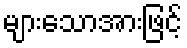
များသောအားဖြင့်